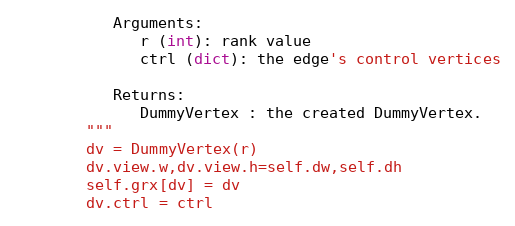
Language: Python
           Arguments:
              r (int): rank value
              ctrl (dict): the edge's control vertices

           Returns:
              DummyVertex : the created DummyVertex.
        """
        dv = DummyVertex(r)
        dv.view.w,dv.view.h=self.dw,self.dh
        self.grx[dv] = dv
        dv.ctrl = ctrl